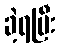
ခဲ့ရပြီး